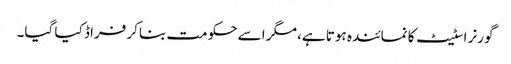
گورنر اسٹیٹ کا نمائندہ ہوتا ہے، مگر اسے حکومت بناکر فراڈ کیا گیا۔